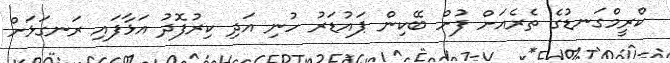
ކްރީމްގަނޑުގެ ތެރެއަށް ފުށް ބޭކިން ޕައުޑަރު ހުނި އަދި ކިރުފޮދު އަޅާފައި ރަނގަޅަށް